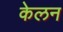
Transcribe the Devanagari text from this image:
केलन